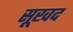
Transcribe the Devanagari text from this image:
सूखद